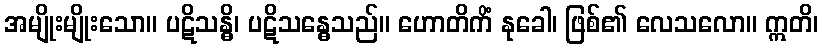
အမျိုးမျိုးသော။ ပဋိသန္ဓိ၊ ပဋိသန္ဓေသည်။ ဟောတိကိံ နုခေါ၊ ဖြစ်၏ လေသလော။ ဣတိ၊